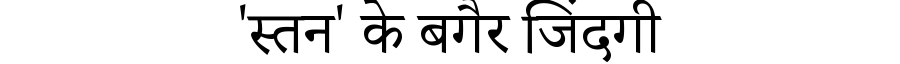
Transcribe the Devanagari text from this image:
'स्तन' के बगैर जिंदगी